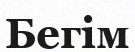
Бегім